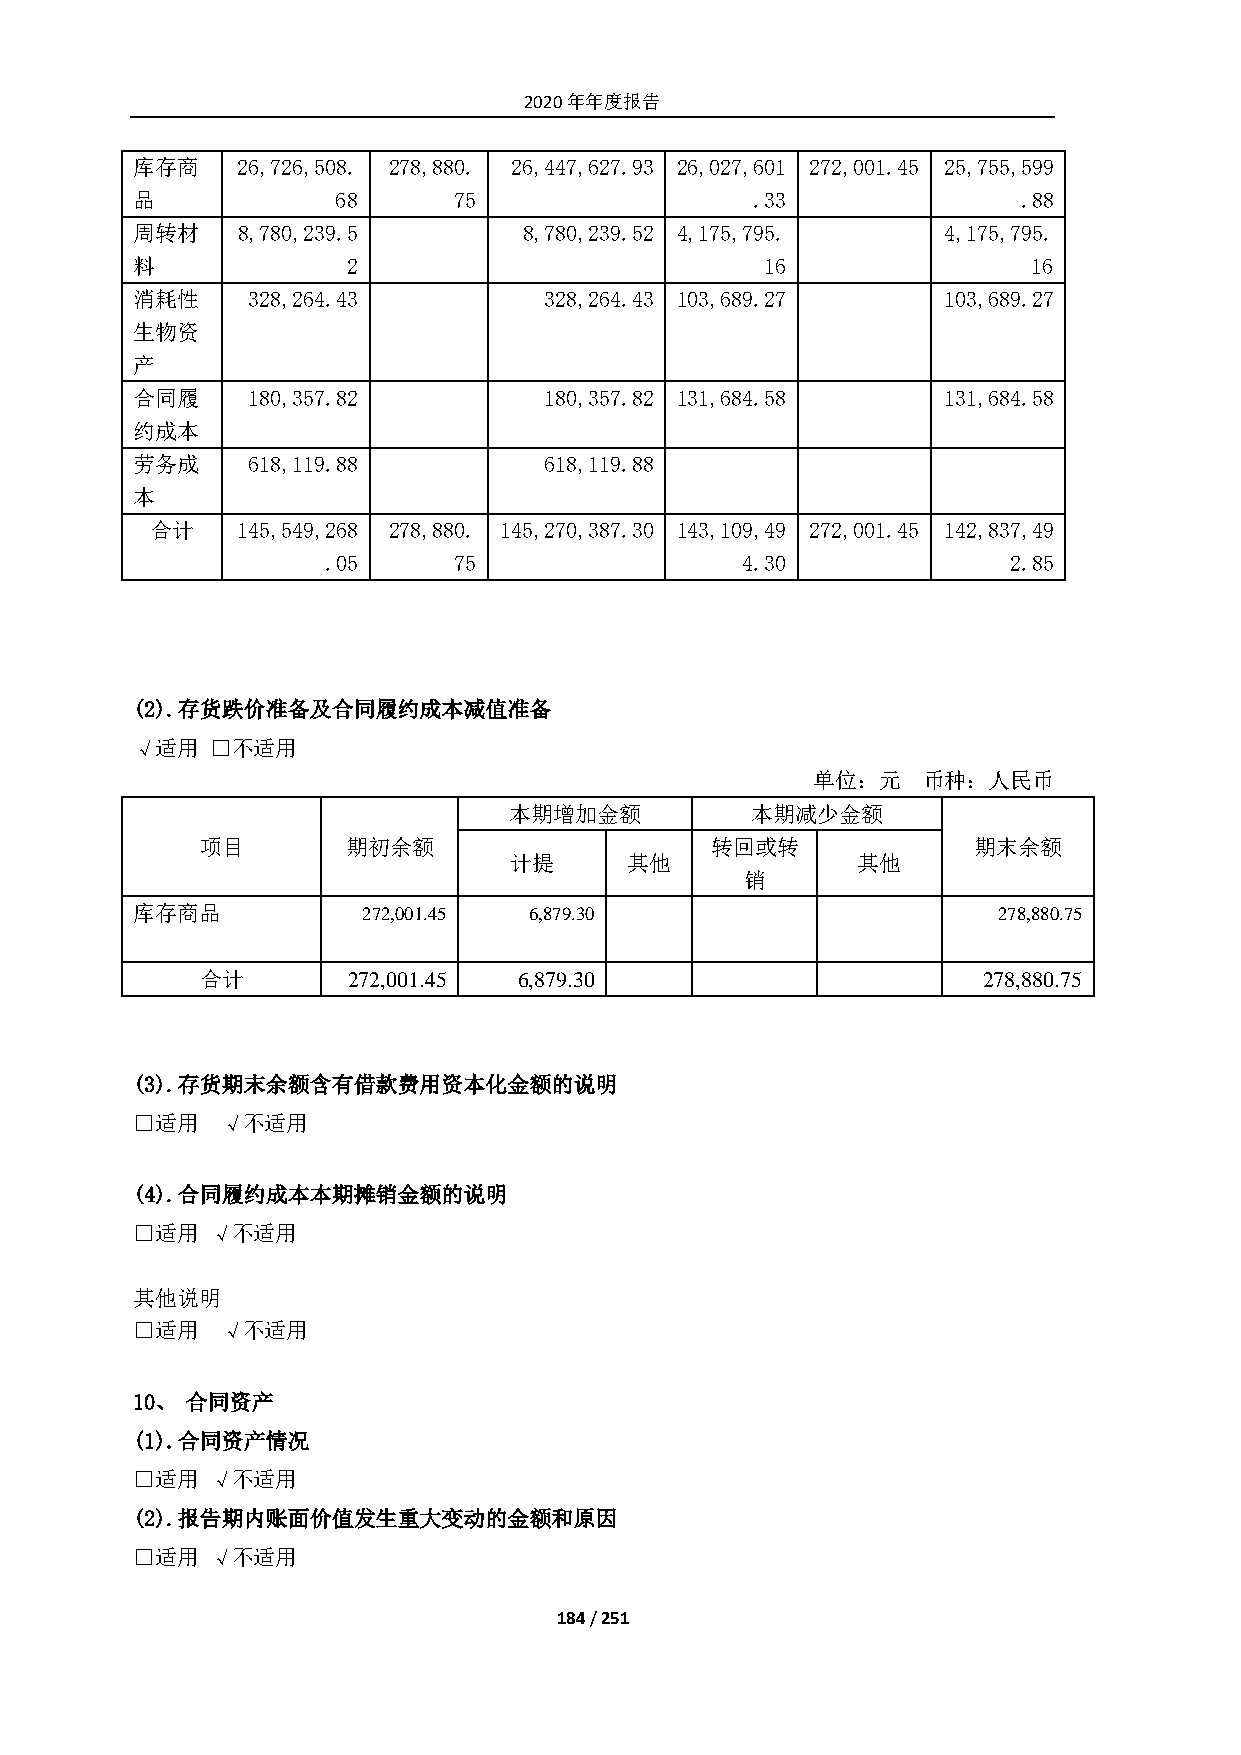
2020年年度报告
 库存商    26,726,508. 278,880. 26,447,627.93 26,027,601 272,001.45 25,755,599
 品            68      75                  .33               .88
 周转材    8,780,239.5        8,780,239.52 4,175,795.    4,175,795.
 料             2                           16               16
 消耗性    328,264.43          328,264.43 103,689.27     103,689.27
 生物资
 产
 合同履    180,357.82          180,357.82 131,684.58     131,684.58
 约成本
 劳务成    618,119.88          618,119.88
 本
 合计    145,549,268 278,880. 145,270,387.30 143,109,49 272,001.45 142,837,49
 .05      75                 4.30              2.85
 (2). 存货跌价准备及合同履约成本减值准备
 √适用  □不适用
 单位：元   币种：人民币
 本期增加金额          本期减少金额
 项目        期初余额                    转回或转             期末余额
 计提     其他              其他
 销
 库存商品           272,001.45 6,879.30                       278,880.75
 合计        272,001.45 6,879.30                       278,880.75
 (3). 存货期末余额含有借款费用资本化金额的说明
 □适用   √不适用
 (4). 合同履约成本本期摊销金额的说明
 □适用  √不适用
 其他说明
 □适用   √不适用
 10、 合同资产
 (1). 合同资产情况
 □适用  √不适用
 (2). 报告期内账面价值发生重大变动的金额和原因
 □适用  √不适用
 184 / 251